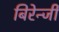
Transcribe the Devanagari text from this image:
बिरेन्जी